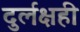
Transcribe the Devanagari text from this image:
दुर्लक्षही